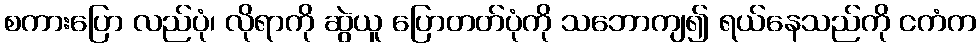
စကားပြော လည်ပုံ၊ လိုရာကို ဆွဲယူ ပြောတတ်ပုံကို သဘောကျ၍ ရယ်နေသည်ကို ငကံက